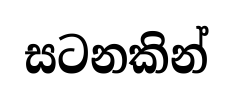
සටනකින්